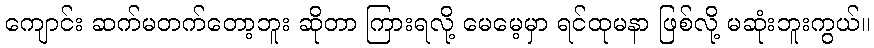
ကျောင်း ဆက်မတက်တော့ဘူး ဆိုတာ ကြားရလို့ မေမေ့မှာ ရင်ထုမနာ ဖြစ်လို့ မဆုံးဘူးကွယ်။